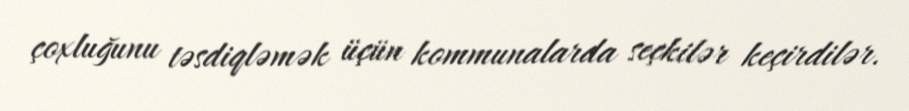
çoxluğunu təsdiqləmək üçün kommunalarda seçkilər keçirdilər.